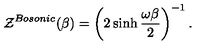
{ \cal Z } ^ { B o s o n i c } ( \beta ) = \left( 2 \sinh { \frac { \omega \beta } { 2 } } \right) ^ { - 1 } .